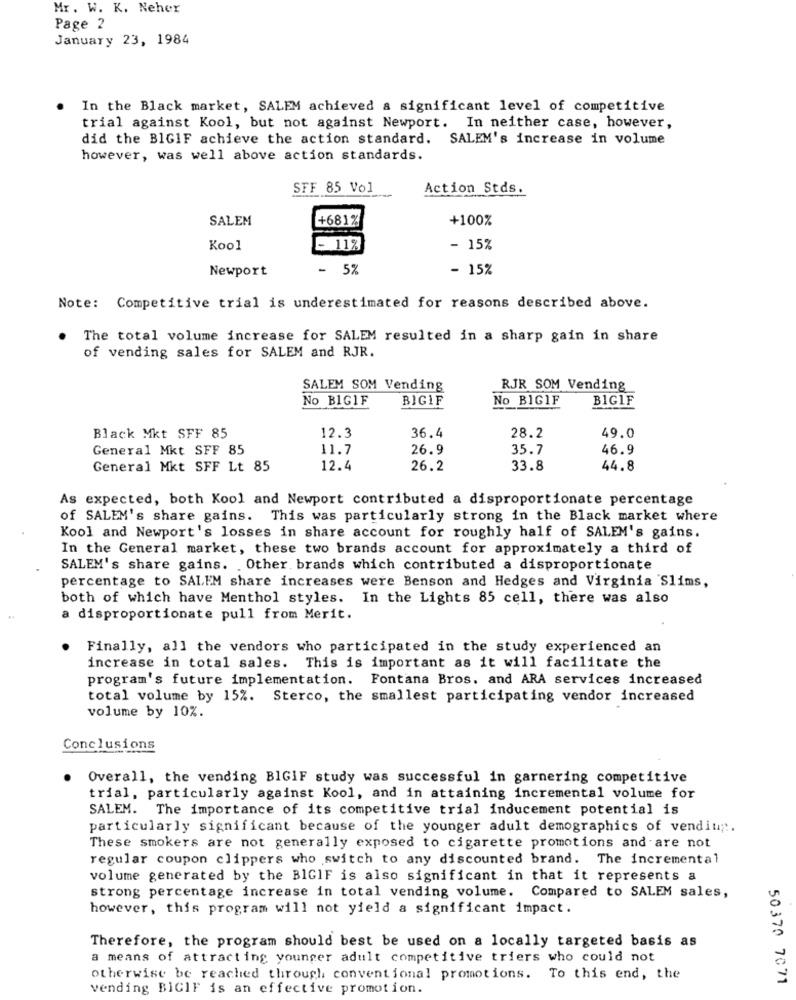
Mr. W. K. Neher
Page 2
January 23, 1984
In the Black market, SALEM achieved & significant level of competitive
trial against Kool, but not against Newport. In neither case, however,
did the BIGIF achieve the action standard. SALEM's increase in volume
however, was well above action standards.
SFF 85 Vol
Action Stds.
SALEM
+681%
+100%
Kool
- 11%
- 15%
Newport
- 5%
- 15%
Note: Competitive trial is underestimated for reasons described above.
The total volume increase for SALEM resulted in a sharp gain in share
of vending sales for SALEM and RJR.
SALEM SOM Vending
RJR SOM Vending
No BIGIF
BIGIF
No BIGIF
BIGIF
36.4
Black Mkt SFF 85
12.3
28.2
49.0
General Mkt SFF 85
11.7
26.9
35.7
46.9
General Mkt SFF Lt 85
12.4
26.2
33.8
44.8
As expected, both Kool and Newport contributed a disproportionate percentage
of SALEM's share gains. This was particularly strong in the Black market where
Kool and Newport's losses in share account for roughly half of SALEM's gains.
In the General market, these two brands account for approximately a third of
SALEM's share gains. . Other brands which contributed a disproportionate
percentage to SALEM share increases were Benson and Hedges and Virginia Slims,
both of which have Menthol styles. In the Lights 85 cell, there was also
a disproportionate pull from Merit.
Finally, all the vendors who participated in the study experienced an
increase in total sales. This is important as it will facilitate the
program's future implementation. Fontana Bros. and ARA services increased
total volume by 15%. Sterco, the smallest participating vendor increased
volume by 10%.
Conclusions
Overall, the vending BIGIF study was successful in garnering competitive
trial, particularly against Kool, and in attaining incremental volume for
SALEM. The importance of its competitive trial inducement potential is
particularly significant because of the younger adult demographics of vendiup.
These smokers are not generally exposed to cigarette promotions and are not
regular coupon clippers who switch to any discounted brand. The incremental
volume generated by the BIGIF is also significant in that it represents a
strong percentage increase in total vending volume. Compared to SALEM sales,
however, this program will not yield a significant impact.
Therefore, the program should best be used on a locally targeted basis as
a means of attracting younger adult competitive triers who could not
otherwise be reached through conventional promotions. To this end, the
50370 7071
vending BICIF is an effective promotion.